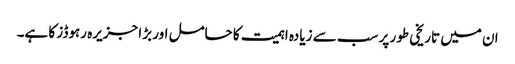
ان میں تاریخی طور پر سب سے زیادہ اہمیت کا حامل اور بڑا جزیرہ رہوڈز کا ہے۔